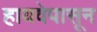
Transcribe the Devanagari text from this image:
हायवेपासून